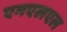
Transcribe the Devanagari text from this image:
एमएलएल